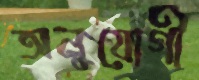
অনুযোগী